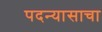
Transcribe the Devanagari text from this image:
पदन्यासाचा